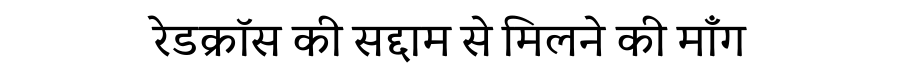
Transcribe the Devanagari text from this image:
रेडक्रॉस की सद्दाम से मिलने की माँग